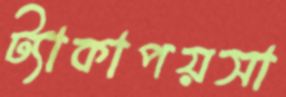
ট্যাকাপয়সা